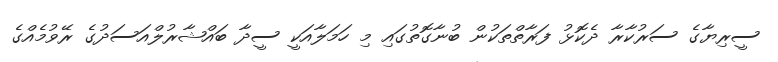
ސީރިޔާގެ ސަރުކާރާ ދެކޮޅު ފަރާތްތަކުން ބުނާގޮތުގައި މި ހަމަލާއަކީ ސީދާ ބައްޝާރުލްއަސަދުގެ ރޭވުމެއްގެ